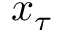
x _ { \tau }